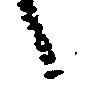
々